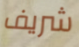
شريف